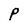
Character: P